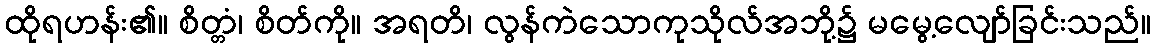
ထိုရဟန်း၏။ စိတ္တံ၊ စိတ်ကို။ အရတိ၊ လွန်ကဲသောကုသိုလ်အဘို့၌ မမွေ့လျော်ခြင်းသည်။